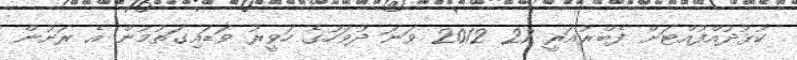
ކުޅުދުއްފުއްޓަށް ފެބްރުއަރީ 27 2012 ވަނަ ދުވަހުގެ ހަވީރު ވަޑައިގަތުމުން އެ ރަށުން